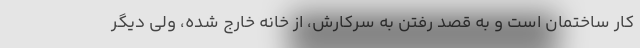
کار ساختمان است و به قصد رفتن به سرکارش، از خانه خارج شده، ولی دیگر